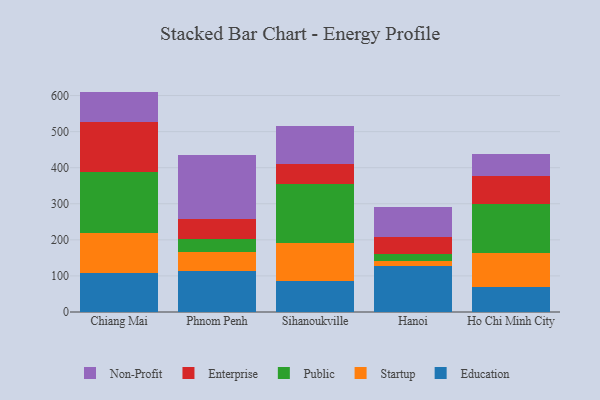
{"axis": {"x": "City", "y": "Market Share (%)"}, "legend": ["Education", "Enterprise", "Non-Profit", "Public", "Startup"], "data": [{"x": "Chiang Mai", "y": 109.1, "type": "Education"}, {"x": "Chiang Mai", "y": 110.3, "type": "Startup"}, {"x": "Chiang Mai", "y": 168.6, "type": "Public"}, {"x": "Chiang Mai", "y": 138.2, "type": "Enterprise"}, {"x": "Chiang Mai", "y": 84.7, "type": "Non-Profit"}, {"x": "Phnom Penh", "y": 115.0, "type": "Education"}, {"x": "Phnom Penh", "y": 51.8, "type": "Startup"}, {"x": "Phnom Penh", "y": 36.7, "type": "Public"}, {"x": "Phnom Penh", "y": 54.7, "type": "Enterprise"}, {"x": "Phnom Penh", "y": 177.6, "type": "Non-Profit"}, {"x": "Sihanoukville", "y": 85.9, "type": "Education"}, {"x": "Sihanoukville", "y": 104.9, "type": "Startup"}, {"x": "Sihanoukville", "y": 163.2, "type": "Public"}, {"x": "Sihanoukville", "y": 54.9, "type": "Enterprise"}, {"x": "Sihanoukville", "y": 106.6, "type": "Non-Profit"}, {"x": "Hanoi", "y": 126.7, "type": "Education"}, {"x": "Hanoi", "y": 15.1, "type": "Startup"}, {"x": "Hanoi", "y": 20.3, "type": "Public"}, {"x": "Hanoi", "y": 46.6, "type": "Enterprise"}, {"x": "Hanoi", "y": 82.8, "type": "Non-Profit"}, {"x": "Ho Chi Minh City", "y": 68.7, "type": "Education"}, {"x": "Ho Chi Minh City", "y": 93.7, "type": "Startup"}, {"x": "Ho Chi Minh City", "y": 135.9, "type": "Public"}, {"x": "Ho Chi Minh City", "y": 78.4, "type": "Enterprise"}, {"x": "Ho Chi Minh City", "y": 61.4, "type": "Non-Profit"}]}